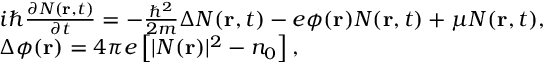
\begin{array} { r l } & { i \hbar \frac { { \partial { \cal N } ( { \bf { r } } , t ) } } { { \partial t } } = - \frac { { { \hbar ^ { 2 } } } } { { 2 m } } \Delta { \cal N } ( { \bf { r } } , t ) - e \phi ( { \bf { r } } ) { \cal N } ( { \bf { r } } , t ) + \mu { \cal N } ( { \bf { r } } , t ) , } \\ & { \Delta \phi ( { \bf { r } } ) = 4 \pi e \left[ { | { \cal N } ( { \bf { r } } ) { | ^ { 2 } } - { n _ { 0 } } } \right] , } \end{array}